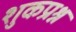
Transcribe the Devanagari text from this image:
शुकप्रश्न